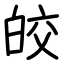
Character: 皎